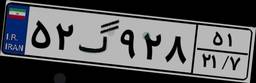
۵۲گ۹۲۸۵۱